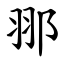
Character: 䣁